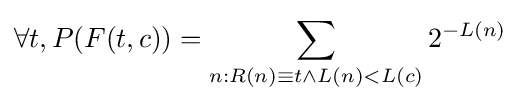
\forall t,P(F(t,c))=\sum _{n:R(n)\equiv t\land L(n)<L(c)}2^{-L(n)}